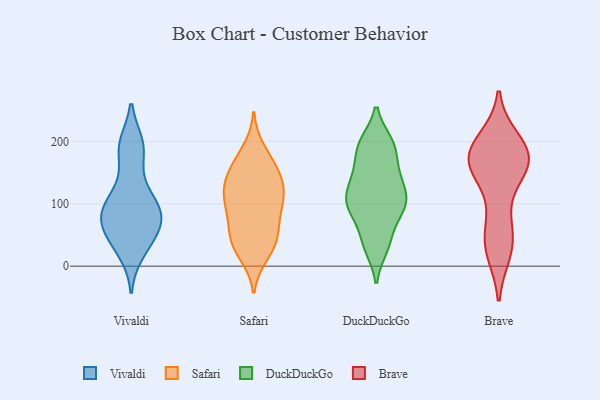
{"axis": {"x": "Inventory Turnover", "y": "Value"}, "legend": ["Brave", "DuckDuckGo", "Safari", "Vivaldi"], "data": [{"x": "", "y": 85, "type": "Vivaldi"}, {"x": "", "y": 25, "type": "Vivaldi"}, {"x": "", "y": 86, "type": "Vivaldi"}, {"x": "", "y": 195, "type": "Vivaldi"}, {"x": "", "y": 22, "type": "Vivaldi"}, {"x": "", "y": 142, "type": "Vivaldi"}, {"x": "", "y": 106, "type": "Vivaldi"}, {"x": "", "y": 65, "type": "Vivaldi"}, {"x": "", "y": 102, "type": "Vivaldi"}, {"x": "", "y": 53, "type": "Vivaldi"}, {"x": "", "y": 46, "type": "Vivaldi"}, {"x": "", "y": 76, "type": "Vivaldi"}, {"x": "", "y": 71, "type": "Vivaldi"}, {"x": "", "y": 194, "type": "Vivaldi"}, {"x": "", "y": 184, "type": "Vivaldi"}, {"x": "", "y": 94, "type": "Vivaldi"}, {"x": "", "y": 57, "type": "Vivaldi"}, {"x": "", "y": 193, "type": "Vivaldi"}, {"x": "", "y": 104, "type": "Vivaldi"}, {"x": "", "y": 85, "type": "Safari"}, {"x": "", "y": 61, "type": "Safari"}, {"x": "", "y": 37, "type": "Safari"}, {"x": "", "y": 88, "type": "Safari"}, {"x": "", "y": 19, "type": "Safari"}, {"x": "", "y": 54, "type": "Safari"}, {"x": "", "y": 127, "type": "Safari"}, {"x": "", "y": 156, "type": "Safari"}, {"x": "", "y": 121, "type": "Safari"}, {"x": "", "y": 107, "type": "Safari"}, {"x": "", "y": 101, "type": "Safari"}, {"x": "", "y": 130, "type": "Safari"}, {"x": "", "y": 128, "type": "Safari"}, {"x": "", "y": 166, "type": "Safari"}, {"x": "", "y": 28, "type": "Safari"}, {"x": "", "y": 186, "type": "Safari"}, {"x": "", "y": 159, "type": "Safari"}, {"x": "", "y": 40, "type": "Safari"}, {"x": "", "y": 94, "type": "DuckDuckGo"}, {"x": "", "y": 101, "type": "DuckDuckGo"}, {"x": "", "y": 116, "type": "DuckDuckGo"}, {"x": "", "y": 66, "type": "DuckDuckGo"}, {"x": "", "y": 30, "type": "DuckDuckGo"}, {"x": "", "y": 198, "type": "DuckDuckGo"}, {"x": "", "y": 36, "type": "DuckDuckGo"}, {"x": "", "y": 193, "type": "DuckDuckGo"}, {"x": "", "y": 103, "type": "DuckDuckGo"}, {"x": "", "y": 136, "type": "DuckDuckGo"}, {"x": "", "y": 194, "type": "DuckDuckGo"}, {"x": "", "y": 100, "type": "DuckDuckGo"}, {"x": "", "y": 150, "type": "DuckDuckGo"}, {"x": "", "y": 155, "type": "DuckDuckGo"}, {"x": "", "y": 165, "type": "Brave"}, {"x": "", "y": 184, "type": "Brave"}, {"x": "", "y": 86, "type": "Brave"}, {"x": "", "y": 193, "type": "Brave"}, {"x": "", "y": 157, "type": "Brave"}, {"x": "", "y": 176, "type": "Brave"}, {"x": "", "y": 32, "type": "Brave"}, {"x": "", "y": 161, "type": "Brave"}, {"x": "", "y": 34, "type": "Brave"}, {"x": "", "y": 200, "type": "Brave"}, {"x": "", "y": 177, "type": "Brave"}, {"x": "", "y": 162, "type": "Brave"}, {"x": "", "y": 25, "type": "Brave"}, {"x": "", "y": 163, "type": "Brave"}, {"x": "", "y": 53, "type": "Brave"}]}